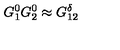
G _ { 1 } ^ { 0 } G _ { 2 } ^ { 0 } \approx G _ { 1 2 } ^ { \delta }